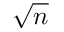
\sqrt { n }